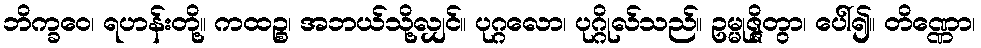
ဘိက္ခဝေ၊ ရဟန်းတို့။ ကထဉ္စ၊ အဘယ်သို့လျှင်။ ပုဂ္ဂလော၊ ပုဂ္ဂိုလ်သည်။ ဥမ္မုဇ္ဇိတွာ၊ ပေါ်၍။ တိဏ္ဏော၊